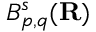
B _ { p , q } ^ { s } ( \mathbf { R } )